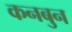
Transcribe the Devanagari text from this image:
कनबुन